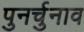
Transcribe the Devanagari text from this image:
पुनर्चुनाव